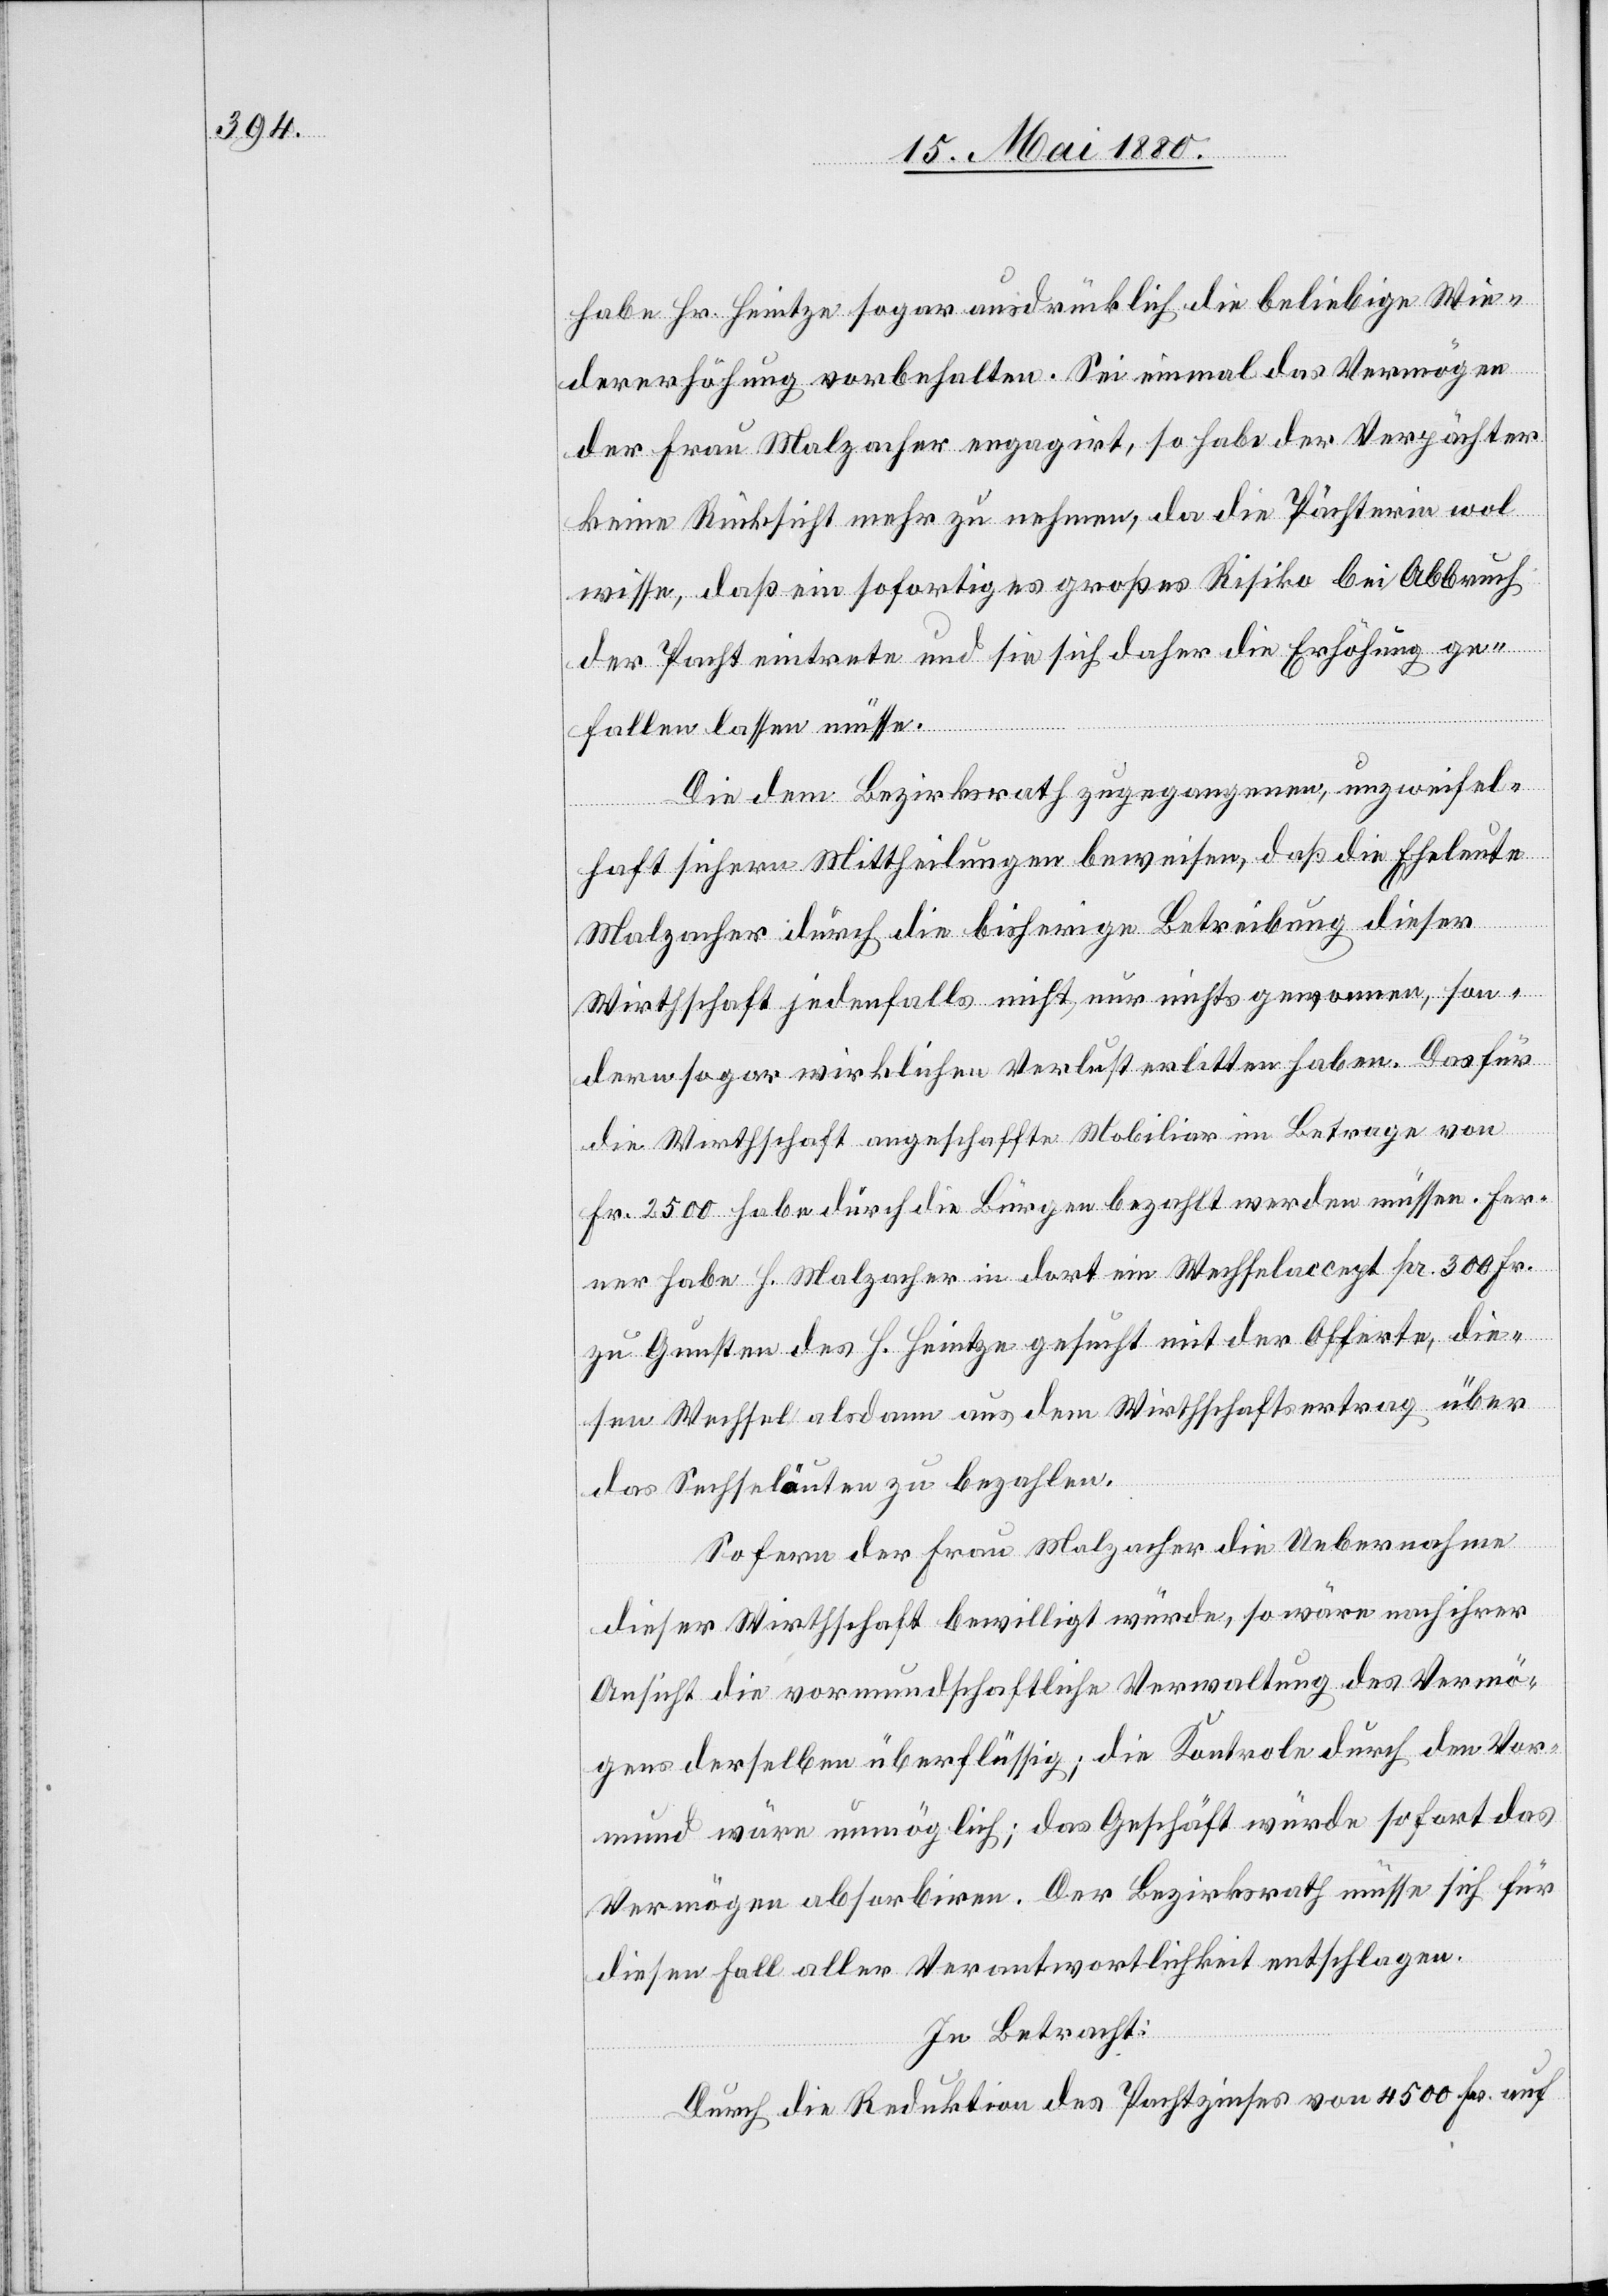
habe Hr. Heintze sogar ausdrücklich die beliebige Wie¬
dererhöhung vorbehalten. Sei einmal das Vermögen
der Frau Malzacher engagirt, so habe der Verpächter
keine Rücksicht mehr zu nehmen, da die Pächterin wol
wisse, daß ein sofortiges großes Risiko bei Abbruch
der Pacht eintrete und sie sich daher die Erhöhung ge¬
fallen lassen müsse.
Die dem Bezirksrath zugegangenen, unzweifel¬
haft sichern Mittheilungen beweisen, daß die Eheleute
Malzacher durch die bisherige Betreibung dieser
Wirthschaft jedenfalls nicht nur nichts gewonnen, son¬
dern sogar wirklichen Verlust erlitten haben. Das für
die Wirthschaft angeschaffte Mobiliar im Betrage von
Fr. 2500 habe durch die Bürgen bezahlt werden müssen. Fer¬
ner habe H. Malzacher in dort ein Wechselaccept pr. 300 Fr.
zu Gunsten des H. Heintze gesucht mit der Offerte, die¬
sen Wechsel alsdann aus dem Wirthschaftsertrag über
das Sechseläuten zu bezahlen.
Sofern der Frau Malzacher die Uebernahme
dieser Wirthschaft bewillig würde, so wäre nach ihrer
Ansicht die vormundschaftliche Verwaltung des Vermö¬
gens derselben überflüssig; die Kontrole durch den Vor¬
mund wäre unmöglich; das Geschäft würde sofort das
Vermögen absorbiren. Der Bezirksrath müsse sich für
diesen Fall aller Verantwortlichkeit entschlagen.
In Betracht:
Durch die Reduktion des Pachtzinses von 4500 Fr. auf